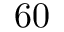
6 0